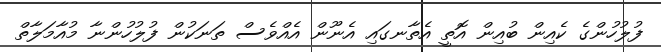
ފުލުހުންގެ ކެއިން ބުއިން އޮތީ އެތާނގައި އެނޫން އެއްވެސް ތަނަކުން ފުލުހުންނާ މުއާމަލާތް